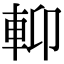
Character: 𨋕